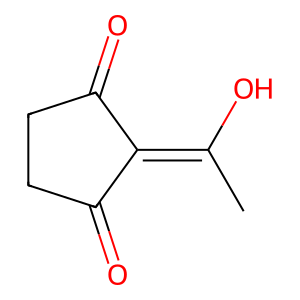
SMILES: CC(O)=C1C(=O)CCC1=O
Inhibits HIV replication: No